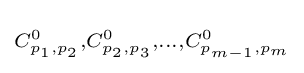
\scriptstyle C_{p_{1},p_{2}}^{0},C_{p_{2},p_{3}}^{0},\dots ,C_{p_{m-1},p_{m}}^{0}